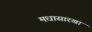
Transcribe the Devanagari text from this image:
मधासारखा